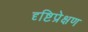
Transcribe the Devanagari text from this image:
दृष्टिप्रेक्षण